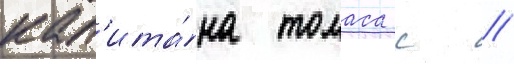
кап'ита́на томаса с //